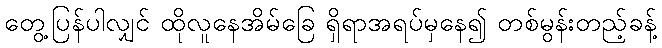
တွေ့ပြန်ပါလျှင် ထိုလူနေအိမ်ခြေ ရှိရာအရပ်မှနေ၍ တစ်မွန်းတည့်ခန့်